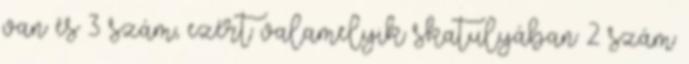
van és 3 szám, ezért valamelyik skatulyában 2 szám